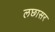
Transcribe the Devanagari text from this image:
लछासर